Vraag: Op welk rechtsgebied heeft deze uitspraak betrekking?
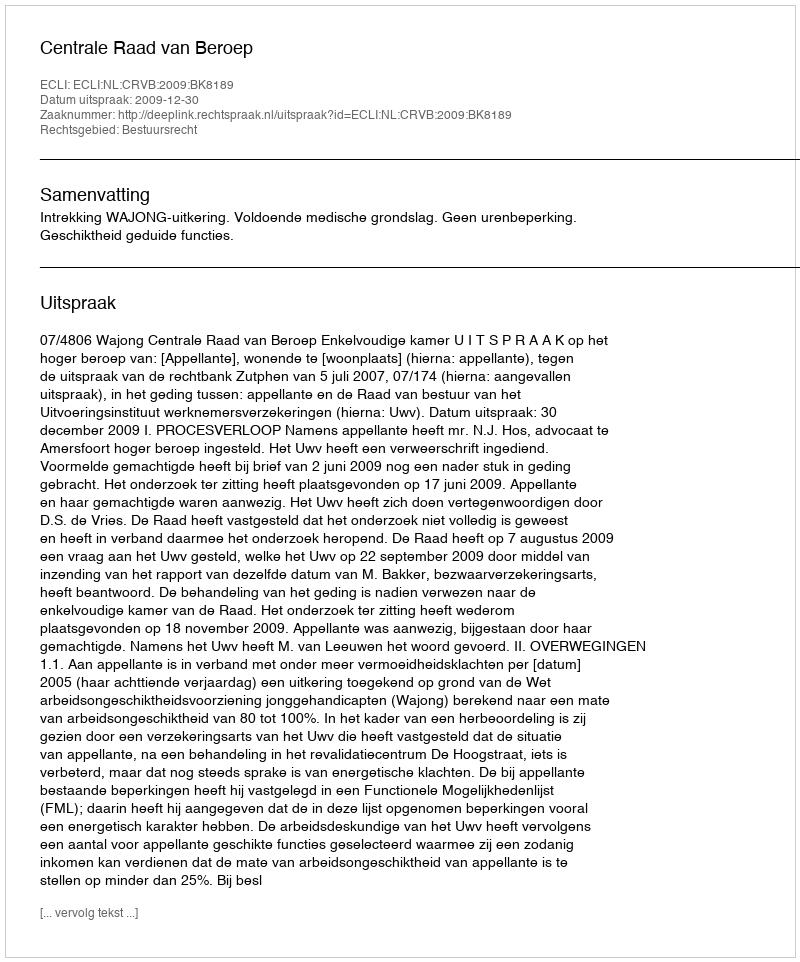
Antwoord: Bestuursrecht